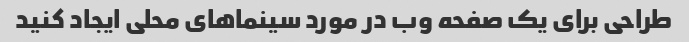
طراحی برای یک صفحه وب در مورد سینماهای محلی ایجاد کنید